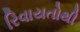
રિવાયતોથી